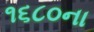
૧૬૮૦ના